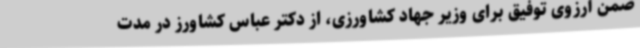
ضمن آرزوی توفیق برای وزیر جهاد کشاورزی، از دکتر عباس کشاورز در مدت